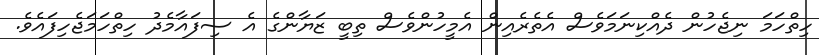
ހިތްހަމަ ނިޖެހުން ދެއްކިނަމަވެސް އެތެރެއިން އެމީހުންވެސް ތިބީ ޒަޔާންގެ އެ ސިފައާމެދު ހިތްހަމަޖެހިފައެވެ.